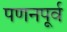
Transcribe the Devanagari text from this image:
पणनपूर्व